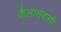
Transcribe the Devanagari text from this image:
कैलासवासी